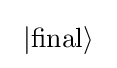
~|{\rm {final}}\rangle ~